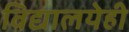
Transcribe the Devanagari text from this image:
विद्यालयेही